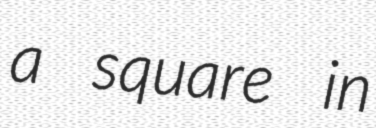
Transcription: a square in